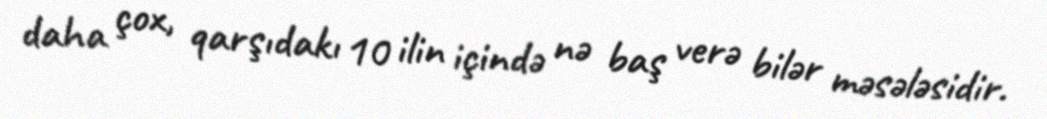
daha çox, qarşıdakı 10 ilin içində nə baş verə bilər məsələsidir.